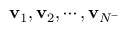
\mathbf { v } _ { 1 } , \mathbf { v } _ { 2 } , \cdots , \mathbf { v } _ { N ^ { - } }